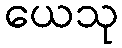
ယေသု